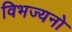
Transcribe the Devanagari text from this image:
विभज्यनो